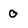
Character: 0